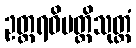
ဥတ္တရဝိပတ္တိသုတ္တံ